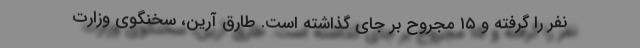
نفر را گرفته و ۱۵ مجروح بر جای گذاشته است. طارق آرین،‌ سخنگوی وزارت